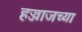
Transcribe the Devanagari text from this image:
हज्जाजच्या